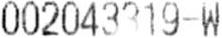
002043319-W